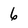
Character: 6